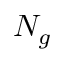
N _ { g }